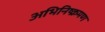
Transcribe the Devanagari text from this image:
अभिनिष्क्रमण